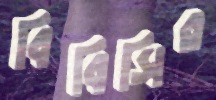
বিবিসির